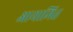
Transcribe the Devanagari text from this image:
आयामित